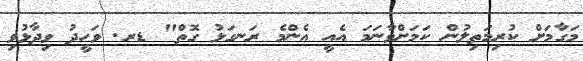
މަގާމަށް ކުރިމަތިލުން ކަމަށްވާނަމަ އެއީ އެންމެ ރަނގަޅު ގޮތް" ޑރ. ވަހީދު ވިދާޅުވި